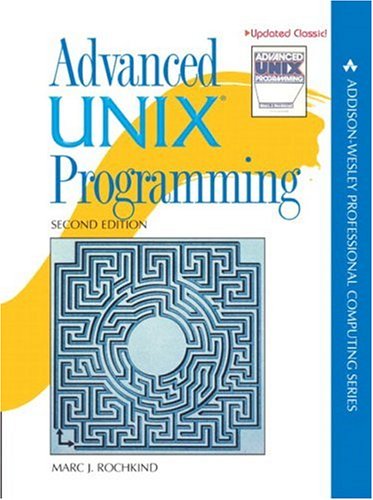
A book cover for Advanced UNIX Programming (2nd Edition); Marc J. Rochkind; Computers & Technology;